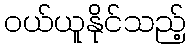
ဝယ်ယူနိုင်သည့်